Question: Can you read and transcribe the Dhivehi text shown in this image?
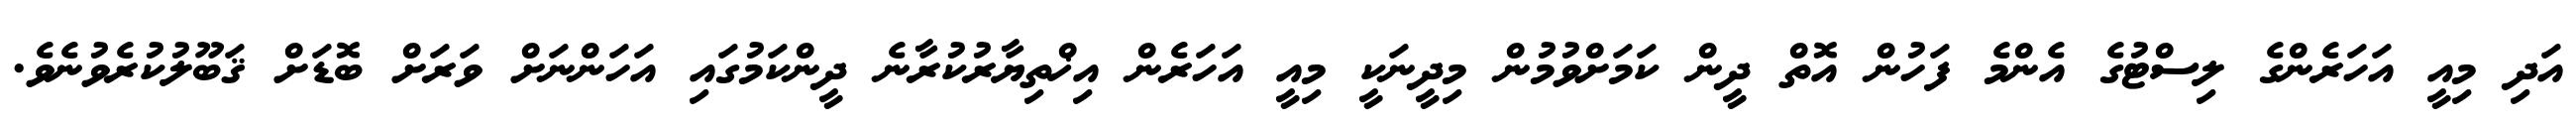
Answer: އަދި މިއީ އަހަރެންގެ ލިސްޓުގެ އެންމެ ފަހުން އޮތް ދީން ކަމަށްވުމުން މިދީނަކީ މިއީ އަހަރެން އިޚްތިޔާރުކުރާނެ ދީންކަމުގައި އަހަންނަށް ވަރަށް ބޮޑަށް ޤަބޫލުކުރެވުނެވެ.